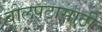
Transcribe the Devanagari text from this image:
बोलपटासाठी